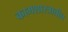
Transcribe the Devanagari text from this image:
कामशास्त्रातील